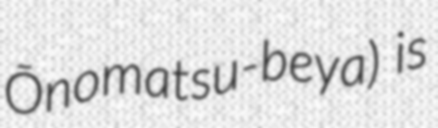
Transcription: Ōnomatsu-beya) is